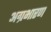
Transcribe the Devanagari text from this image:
अग्रभारण